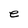
Character: e